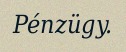
Pénzügy.